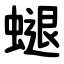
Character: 螁